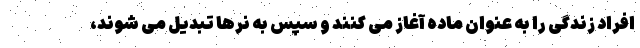
افراد زندگی را به عنوان ماده آغاز می کنند و سپس به نرها تبدیل می شوند،